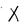
Character: X